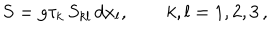
LaTeX: S = g \tau _ { k } \, S _ { k l } \, d x _ { l } , \qquad k , l = 1 , 2 , 3 \, ,